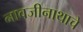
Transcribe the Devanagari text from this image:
नावजीनाथाचे